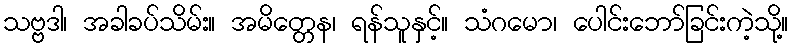
သဗ္ဗဒါ၊ အခါခပ်သိမ်း။ အမိတ္တေန၊ ရန်သူနှင့်။ သံဂမော၊ ပေါင်းဘော်ခြင်းကဲ့သို့။